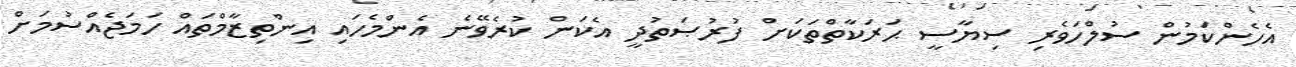
އެހެންކަމުން ސުލްހަވެރި ސިޔާސީ ޙަރަކާތްތަކަށް ފުރުޞަތުދީ އެކަން ކުރެވޭނެ އެންމެހައި އިންތިޒާމްތައް ހަމަޖެއްސުމަށް